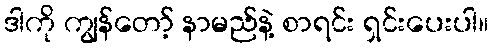
ဒါကို ကျွန်တော့် နာမည်နဲ့ စာရင်း ရှင်းပေးပါ။